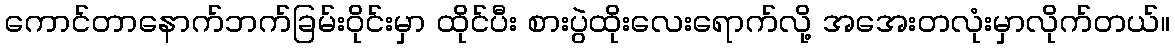
ကောင်တာနောက်ဘက်ခြမ်းဝိုင်းမှာ ထိုင်ပီး စားပွဲထိုးလေးရောက်လို့ အအေးတလုံးမှာလိုက်တယ်။